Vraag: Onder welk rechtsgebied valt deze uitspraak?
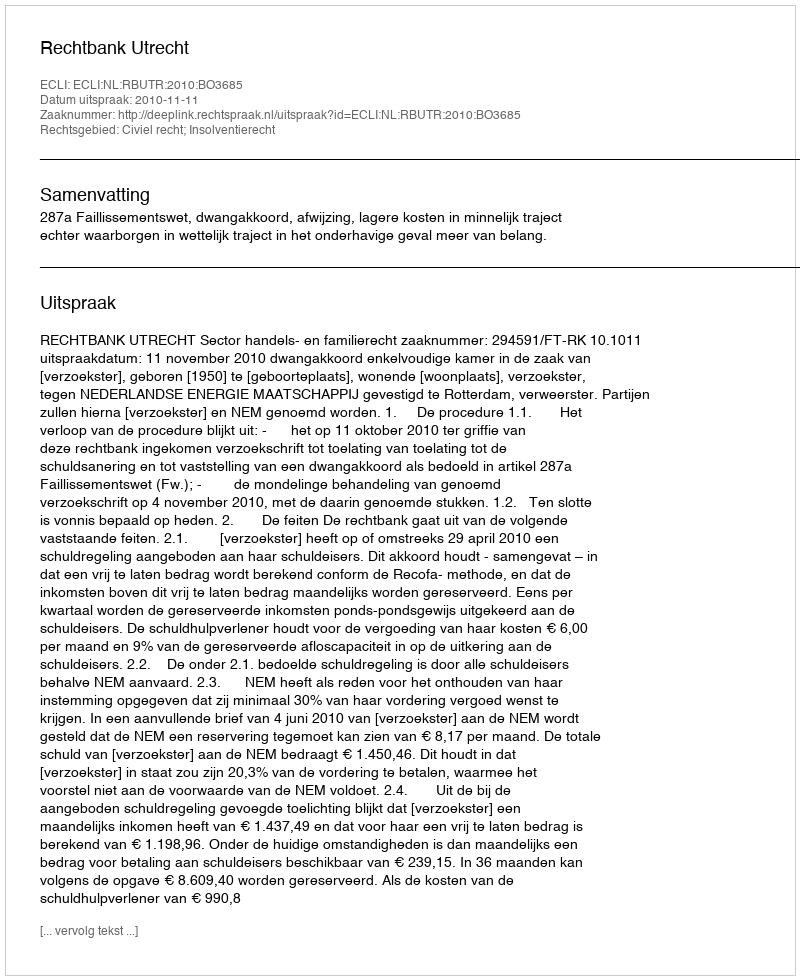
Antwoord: Civiel recht; Insolventierecht